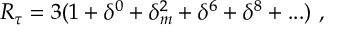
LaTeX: R _ { \tau } = 3 ( 1 + \delta ^ { 0 } + \delta _ { m } ^ { 2 } + \delta ^ { 6 } + \delta ^ { 8 } + . . . ) \, \, ,